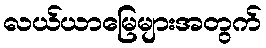
လယ်ယာမြေများအတွက်